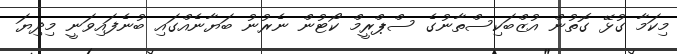
މިކަމާ ގުޅޭ ގޮތުން އުޒްބަކިސްތާނުގެ ސްޕްރީމް ކޯޓުން ނެރުނު ބަޔާނެއްގައި ބުނެފައިވަނީ މިދިޔަ